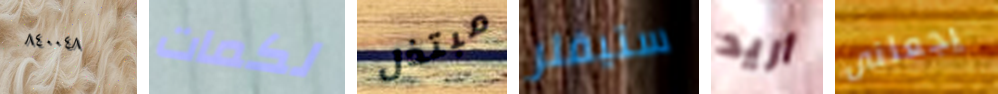
٨٤٠٠٤٨ لكمات مبتذل ستيفلر أريد يجعلنى